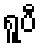
ရူပီ